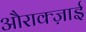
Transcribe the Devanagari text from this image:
औराक्ज़ाई